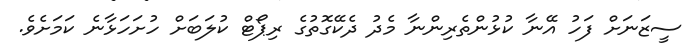
ސީޒަނަށް ފަހު އޭނާ ކުޅުންތެރިންނާ މެދު ދެކޭގޮތުގެ ރިޕޯޓް ކުލަބަށް ހުށަހަޅާނެ ކަމަށެވެ.